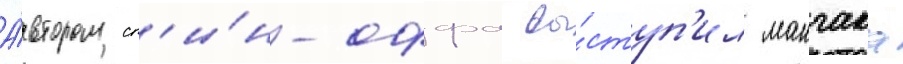
А́втором сп'и́н-оффа вы́ступ'ил мангака